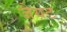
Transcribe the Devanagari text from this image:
जैयट